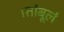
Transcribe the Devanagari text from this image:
।तांबूलं